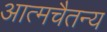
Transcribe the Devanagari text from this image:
आत्मचैतन्य